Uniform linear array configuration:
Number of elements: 32
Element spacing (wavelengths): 0.25
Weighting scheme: hann
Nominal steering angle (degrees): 30
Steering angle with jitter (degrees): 29.246
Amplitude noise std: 0.05
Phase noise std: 0.05

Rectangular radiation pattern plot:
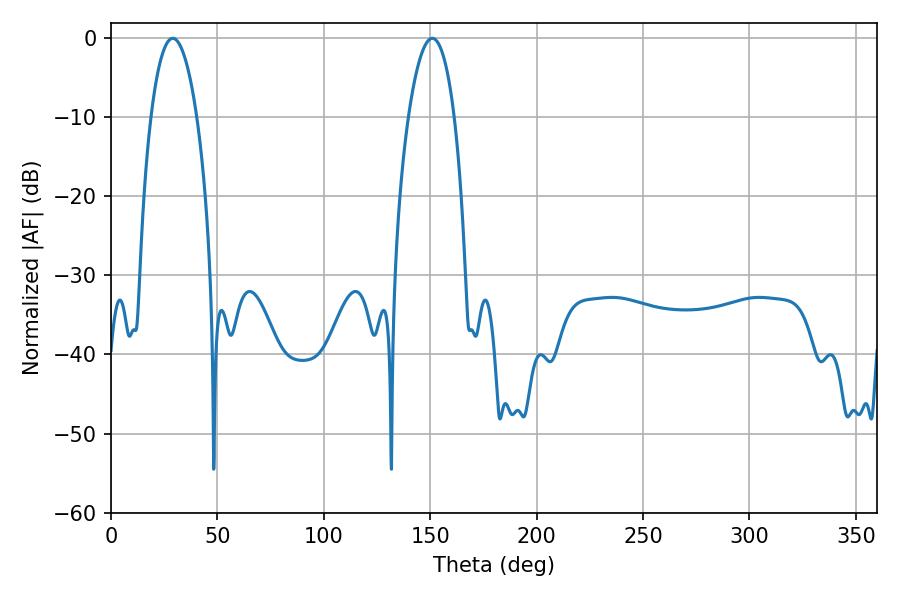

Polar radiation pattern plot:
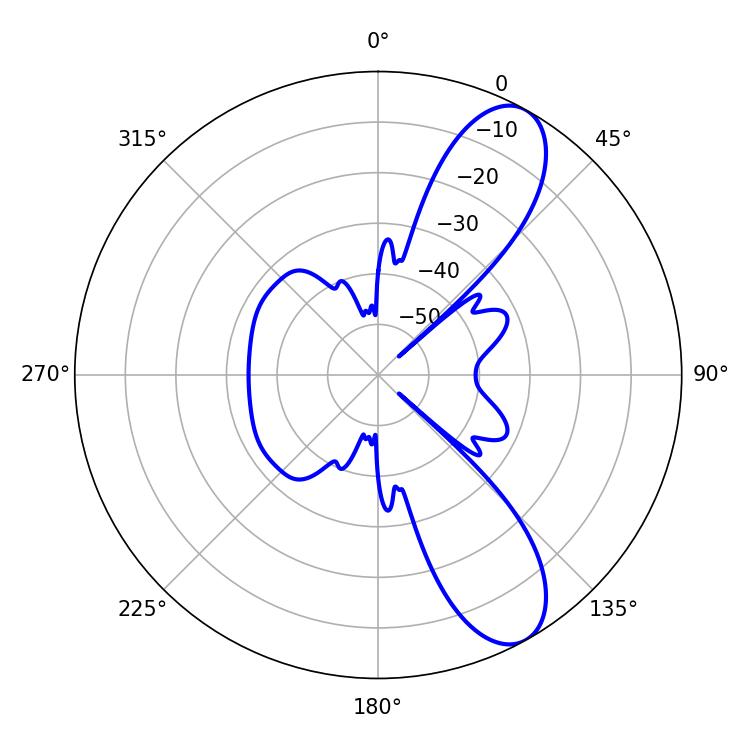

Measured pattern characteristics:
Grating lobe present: FALSE
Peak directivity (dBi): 9.637
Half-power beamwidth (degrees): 12.06
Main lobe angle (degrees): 28.98